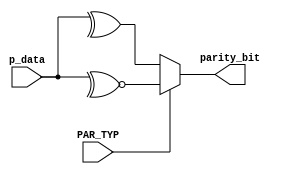
module parity_gen #(parameter data_width = 8)(
input wire [data_width-1 :0] p_data,
input wire PAR_TYP,
output wire parity_bit
);

assign parity_bit = (PAR_TYP) ? ~^p_data : ^p_data;
endmodule